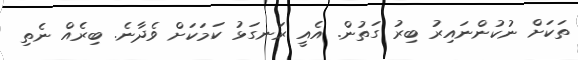
ތަކަށް ނުކުންނައިރު ބިރު ގަތުން. އެއީ ރަނގަޅު ކަމަކަށް ވެދާނެ. ބިރެއް ނެތި